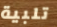
تلبية